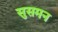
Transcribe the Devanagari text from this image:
सुसमन